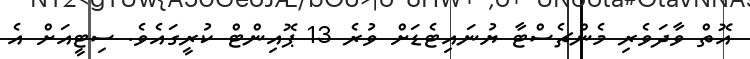
އޮތް ވާދަވެރި މެންޗެސްޓާ ޔުނައިޓެޑަށް ވުރެ 13 ޕޮއިންޓް ކުރީގައެވެ. ސިޓީއަށް އެ